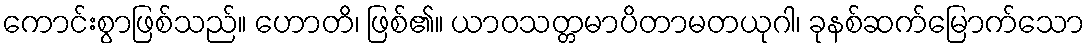
ကောင်းစွာဖြစ်သည်။ ဟောတိ၊ ဖြစ်၏။ ယာဝသတ္တမာပိတာမတယုဂါ၊ ခုနစ်ဆက်မြောက်သော